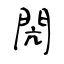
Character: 閌